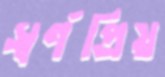
স্বর্ণপ্রিয়